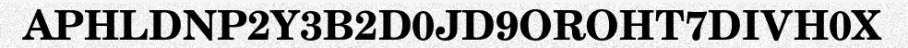
APHLDNP2Y3B2D0JD9OROHT7DIVH0X